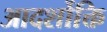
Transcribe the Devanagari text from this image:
आदर्शोक्ति